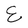
Character: E